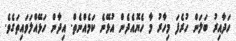
ހަދާއިރު ބަލަން ހުރެފަ މިހާރު މާ ހެޔޮއެދެން އުޅޭނެ ކަމެއްނެތް. އިދާން ހަޅޭއްލަވައިތަގެވެ.